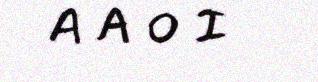
A A O I